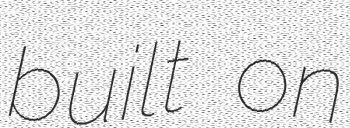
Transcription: built on